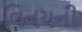
વિનયની